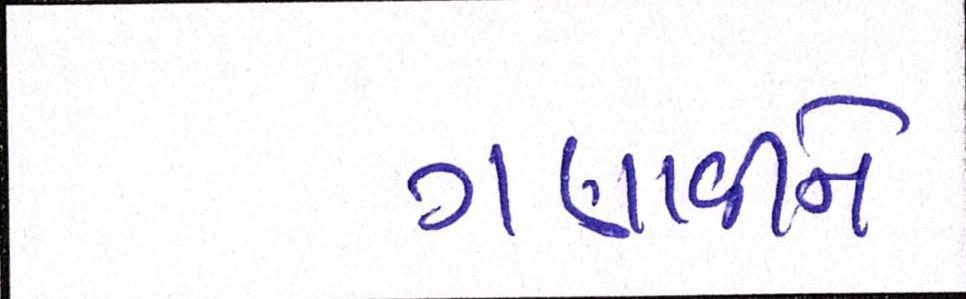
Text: ગણાવીને